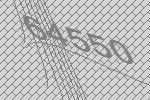
64550